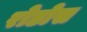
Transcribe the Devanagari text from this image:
रोडोस